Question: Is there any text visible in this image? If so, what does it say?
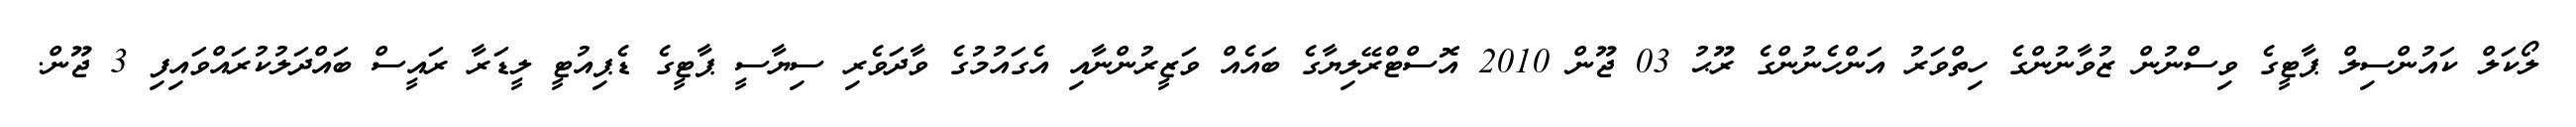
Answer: ލޯކަލް ކައުންސިލް ޕާޓީގެ ވިސްނުން ޒުވާނުންގެ ހިތްވަރު އަންހެނުންގެ ރޫޙު 03 ޖޫން 2010 އޮސްޓްރޭލިޔާގެ ބައެއް ވަޒީރުންނާއި އެގައުމުގެ ވާދަވެރި ސިޔާސީ ޕާޓީގެ ޑެޕިއުޓީ ލީޑަރާ ރައީސް ބައްދަލުކުރައްވައިފި 3 ޖޫން.